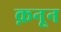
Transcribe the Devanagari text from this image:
क़नून